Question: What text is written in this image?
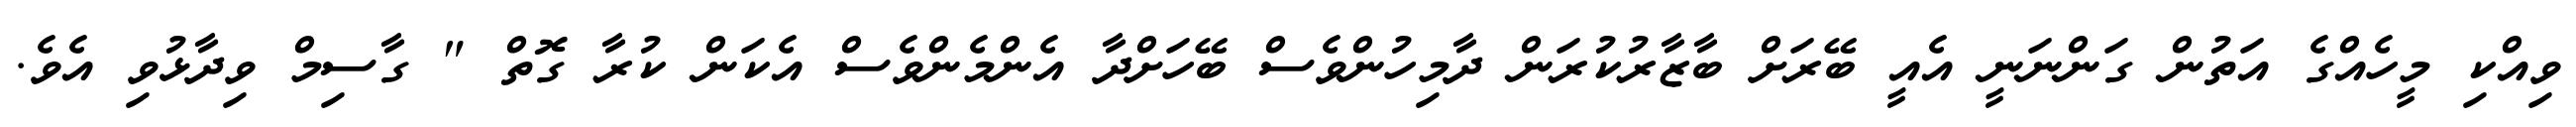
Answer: ވިއްކި މީހެއްގެ އަތުން ގަންނަނީ އެއީ ބޭރަށް ބާޒާރުކުރަން ދާމިހުންވެސް ބޭހަށްދާ އެންމެންވެސް އެކަން ކުރާ ގޮތް " ގާސިމް ވިދާޅުވި އެވެ.